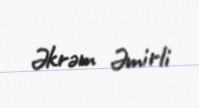
Əkrəm Əmirli